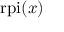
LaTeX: { \mathrm { r p i } } ( x )